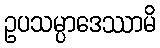
ဥပသမ္ပာဒေဿာမိ